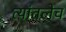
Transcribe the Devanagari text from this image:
त्यांतलेच